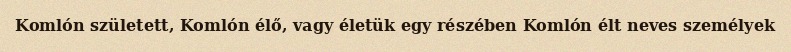
Komlón született, Komlón élő, vagy életük egy részében Komlón élt neves személyek